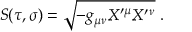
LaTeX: S ( \tau , \sigma ) = \sqrt { - g _ { \mu \nu } X ^ { \prime \mu } X ^ { \prime \nu } } \; .